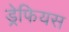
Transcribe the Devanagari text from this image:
ड्रेफियस